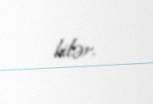
bilər.